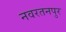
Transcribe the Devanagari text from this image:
नवरतनपुर